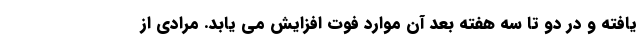
یافته و در دو تا سه هفته بعد آن موارد فوت افزایش می یابد. مرادی از